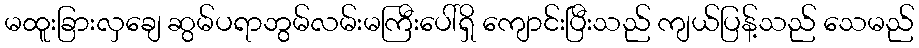
မထူးခြားလှချေ ဆွမ်ပရာဘွမ်လမ်းမကြီးပေါ်ရှိ ကျောင်းပြီးသည် ကျယ်ပြန့်သည် သေမည်